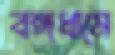
বঙ্গধামে